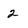
Character: 2